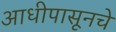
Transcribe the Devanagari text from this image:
आधीपासूनचे